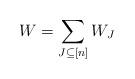
LaTeX: \begin{align*} W=\sum_{J\subseteq[n]}W_J\end{align*}